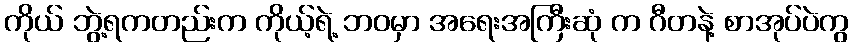
ကိုယ် ဘွဲ့ရကတည်းက ကိုယ့်ရဲ့ ဘဝမှာ အရေးအကြီးဆုံ က ဂီတနဲ့ စာအုပ်ပဲကွ